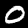
Digit: 0